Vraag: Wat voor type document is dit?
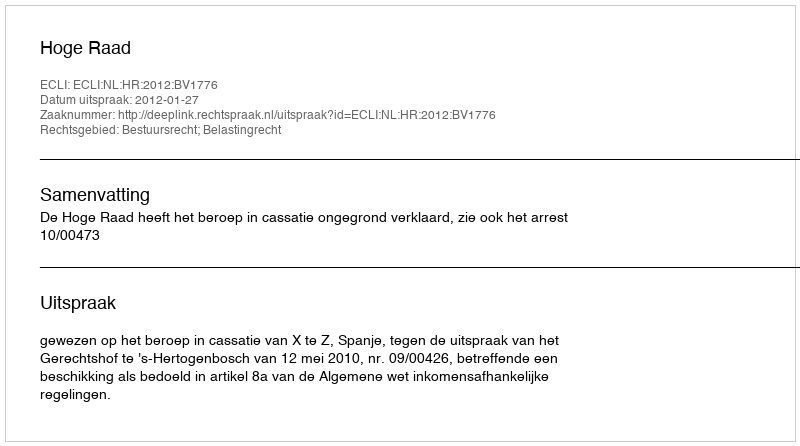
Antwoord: Uitspraak